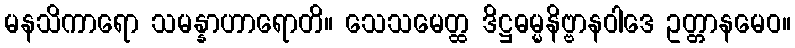
မနသိကာရော သမန္နာဟာရောတိ။ သေသမေတ္ထ ဒိဋ္ဌဓမ္မနိဗ္ဗာနဝါဒေ ဥတ္တာနမေဝ။